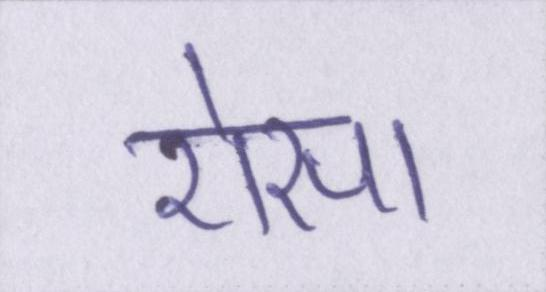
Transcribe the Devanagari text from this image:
ऐसा